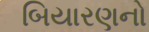
બિયારણનો